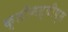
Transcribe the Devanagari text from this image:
क्लीनस्वीप्स